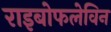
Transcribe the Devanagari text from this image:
राइबोफलेविन